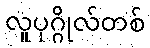
လူပုဂ္ဂိုလ်တစ်